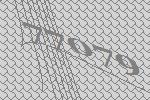
77079